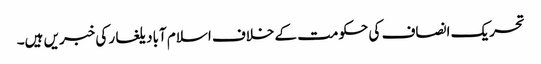
تحریک انصاف کی حکومت کے خلاف اسلام آباد یلغار کی خبریں ہیں۔